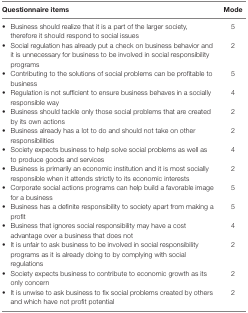
| Questionnaire items | Mode |
 | --- | --- |
 | • Business should realize that it is a part of the larger society, therefore it should respond to social issues | 5 |
 | • Social regulation has already put a check on business behavior and it is unnecessary for business to be involved in social responsibility programs | 2 |
 | • Contributing to the solutions of social problems can be profitable to business | 5 |
 | • Regulation is not sufficient to ensure business behaves in a socially responsible way | 4 |
 | • Business should tackle only those social problems that are created by its own actions | 2 |
 | • Business already has a lot to do and should not take on other responsibilities | 2 |
 | • Society expects business to help solve social problems as well as to produce goods and services | 4 |
 | • Business is primarily an economic institution and it is most socially responsible when it attends strictly to its economic interests | 2 |
 | • Corporate social actions programs can help build a favorable image for a business | 5 |
 | • Business has a definite responsibility to society apart from making a profit | 5 |
 | • Business that ignores social responsibility may have a cost advantage over a business that does not | 4 |
 | • It is unfair to ask business to be involved in social responsibility programs as it is already doing to by complying with social regulations | 2 |
 | • Society expects business to contribute to economic growth as its only concern | 2 |
 | • It is unwise to ask business to fix social problems created by others and which have not profit potential | 2 |